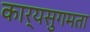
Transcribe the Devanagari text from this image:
कार्यसुगमता